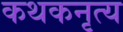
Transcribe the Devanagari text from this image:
कथकनृत्य